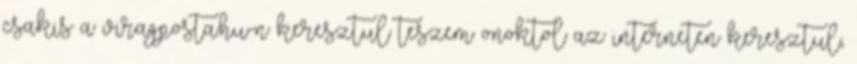
csakis a viragposta.hu-n keresztul teszem onoktol az interneten keresztul,